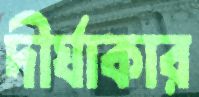
দীর্ঘাকার